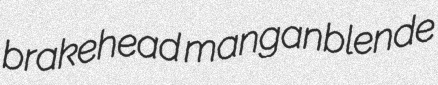
brakehead manganblende